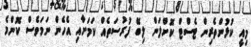
މިއީ ކުޅުންތެރިން ޓެސްޓް ކޮށްލަން ލިބޭ ފުރުސަތެއް ކަމަށާއި އެހެން ނަމަވެސް ކޮންމެ